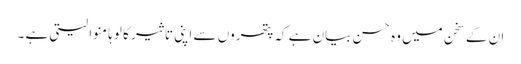
ان کے سخن میں وہ حسن بیان ہے کہ پتھروں سے اپنی تاثیر کا لوہا منوا لیتی ہے ۔